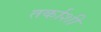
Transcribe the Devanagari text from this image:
तर्काशी